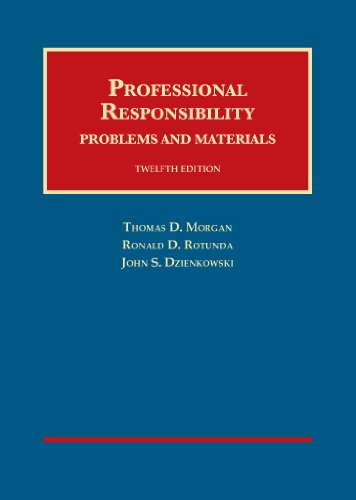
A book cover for Professional Responsibility (University Casebook Series); Thomas Morgan; Law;